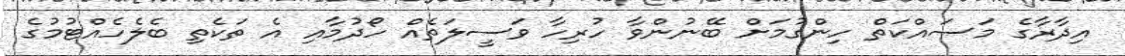
އިދާރާގެ މަސައްކަތް ހިންގުމަށް ބޭނުންވާ ހުރިހާ ވަސީލަތެއް ހޯދުމާއި އެ ތަކެތި ބެލެހެއްޓުމުގެ